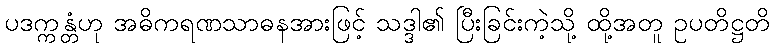
ပဒက္ကန္တံဟု အဓိကရဏသာဓနအားဖြင့် သဒ္ဒါ၏ ပြီးခြင်းကဲ့သို့ ထို့အတူ ဥပတိဋ္ဌတိ